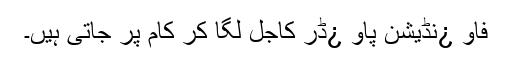
فاو ¿نڈیشن پاو ¿ڈر کاجل لگا کر کام پر جاتی ہیں۔